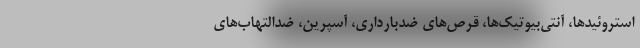
استروئیدها، آنتی‌بیوتیک‌ها، قرص‌های ضدبارداری، آسپرین، ضدالتهاب‌های